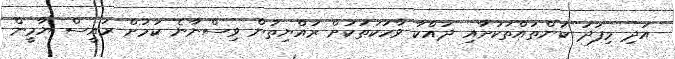
އަދި މިފަދަ ކަންތައްތަކަށާއި ދައްކާ ވާހަކަތަކަށް ރައްޔިތުން ވިސްނާނެ ކަމަށް ރައީސް ޔާމީން